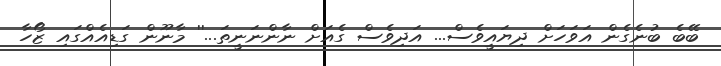
ބޭބެ ބުނެގެން އަވަހަށް ދިޔައީވެސް... އަދިވެސް ގެއަށް ނާންނަނީތަ...'' މާނޫން ގަޑިއެއްގައި ޒޯހާ